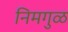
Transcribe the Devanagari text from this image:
निमगुळ